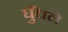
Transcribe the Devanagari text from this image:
घुँधले